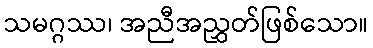
သမဂ္ဂဿ၊ အညီအညွှတ်ဖြစ်သော။